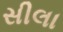
સીલા